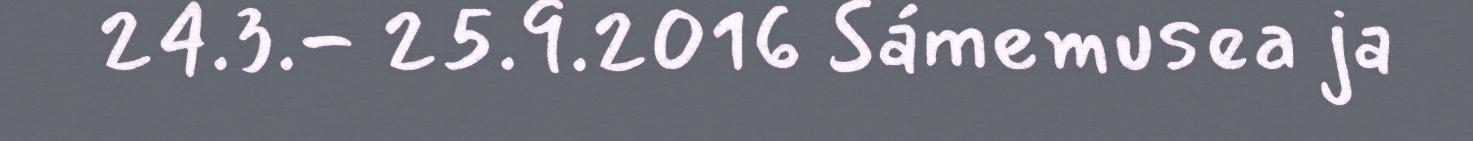
24.3.- 25.9.2016 Sámemusea ja